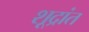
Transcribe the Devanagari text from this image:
शूद्रांत